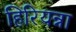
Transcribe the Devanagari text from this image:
हिरियन्ना